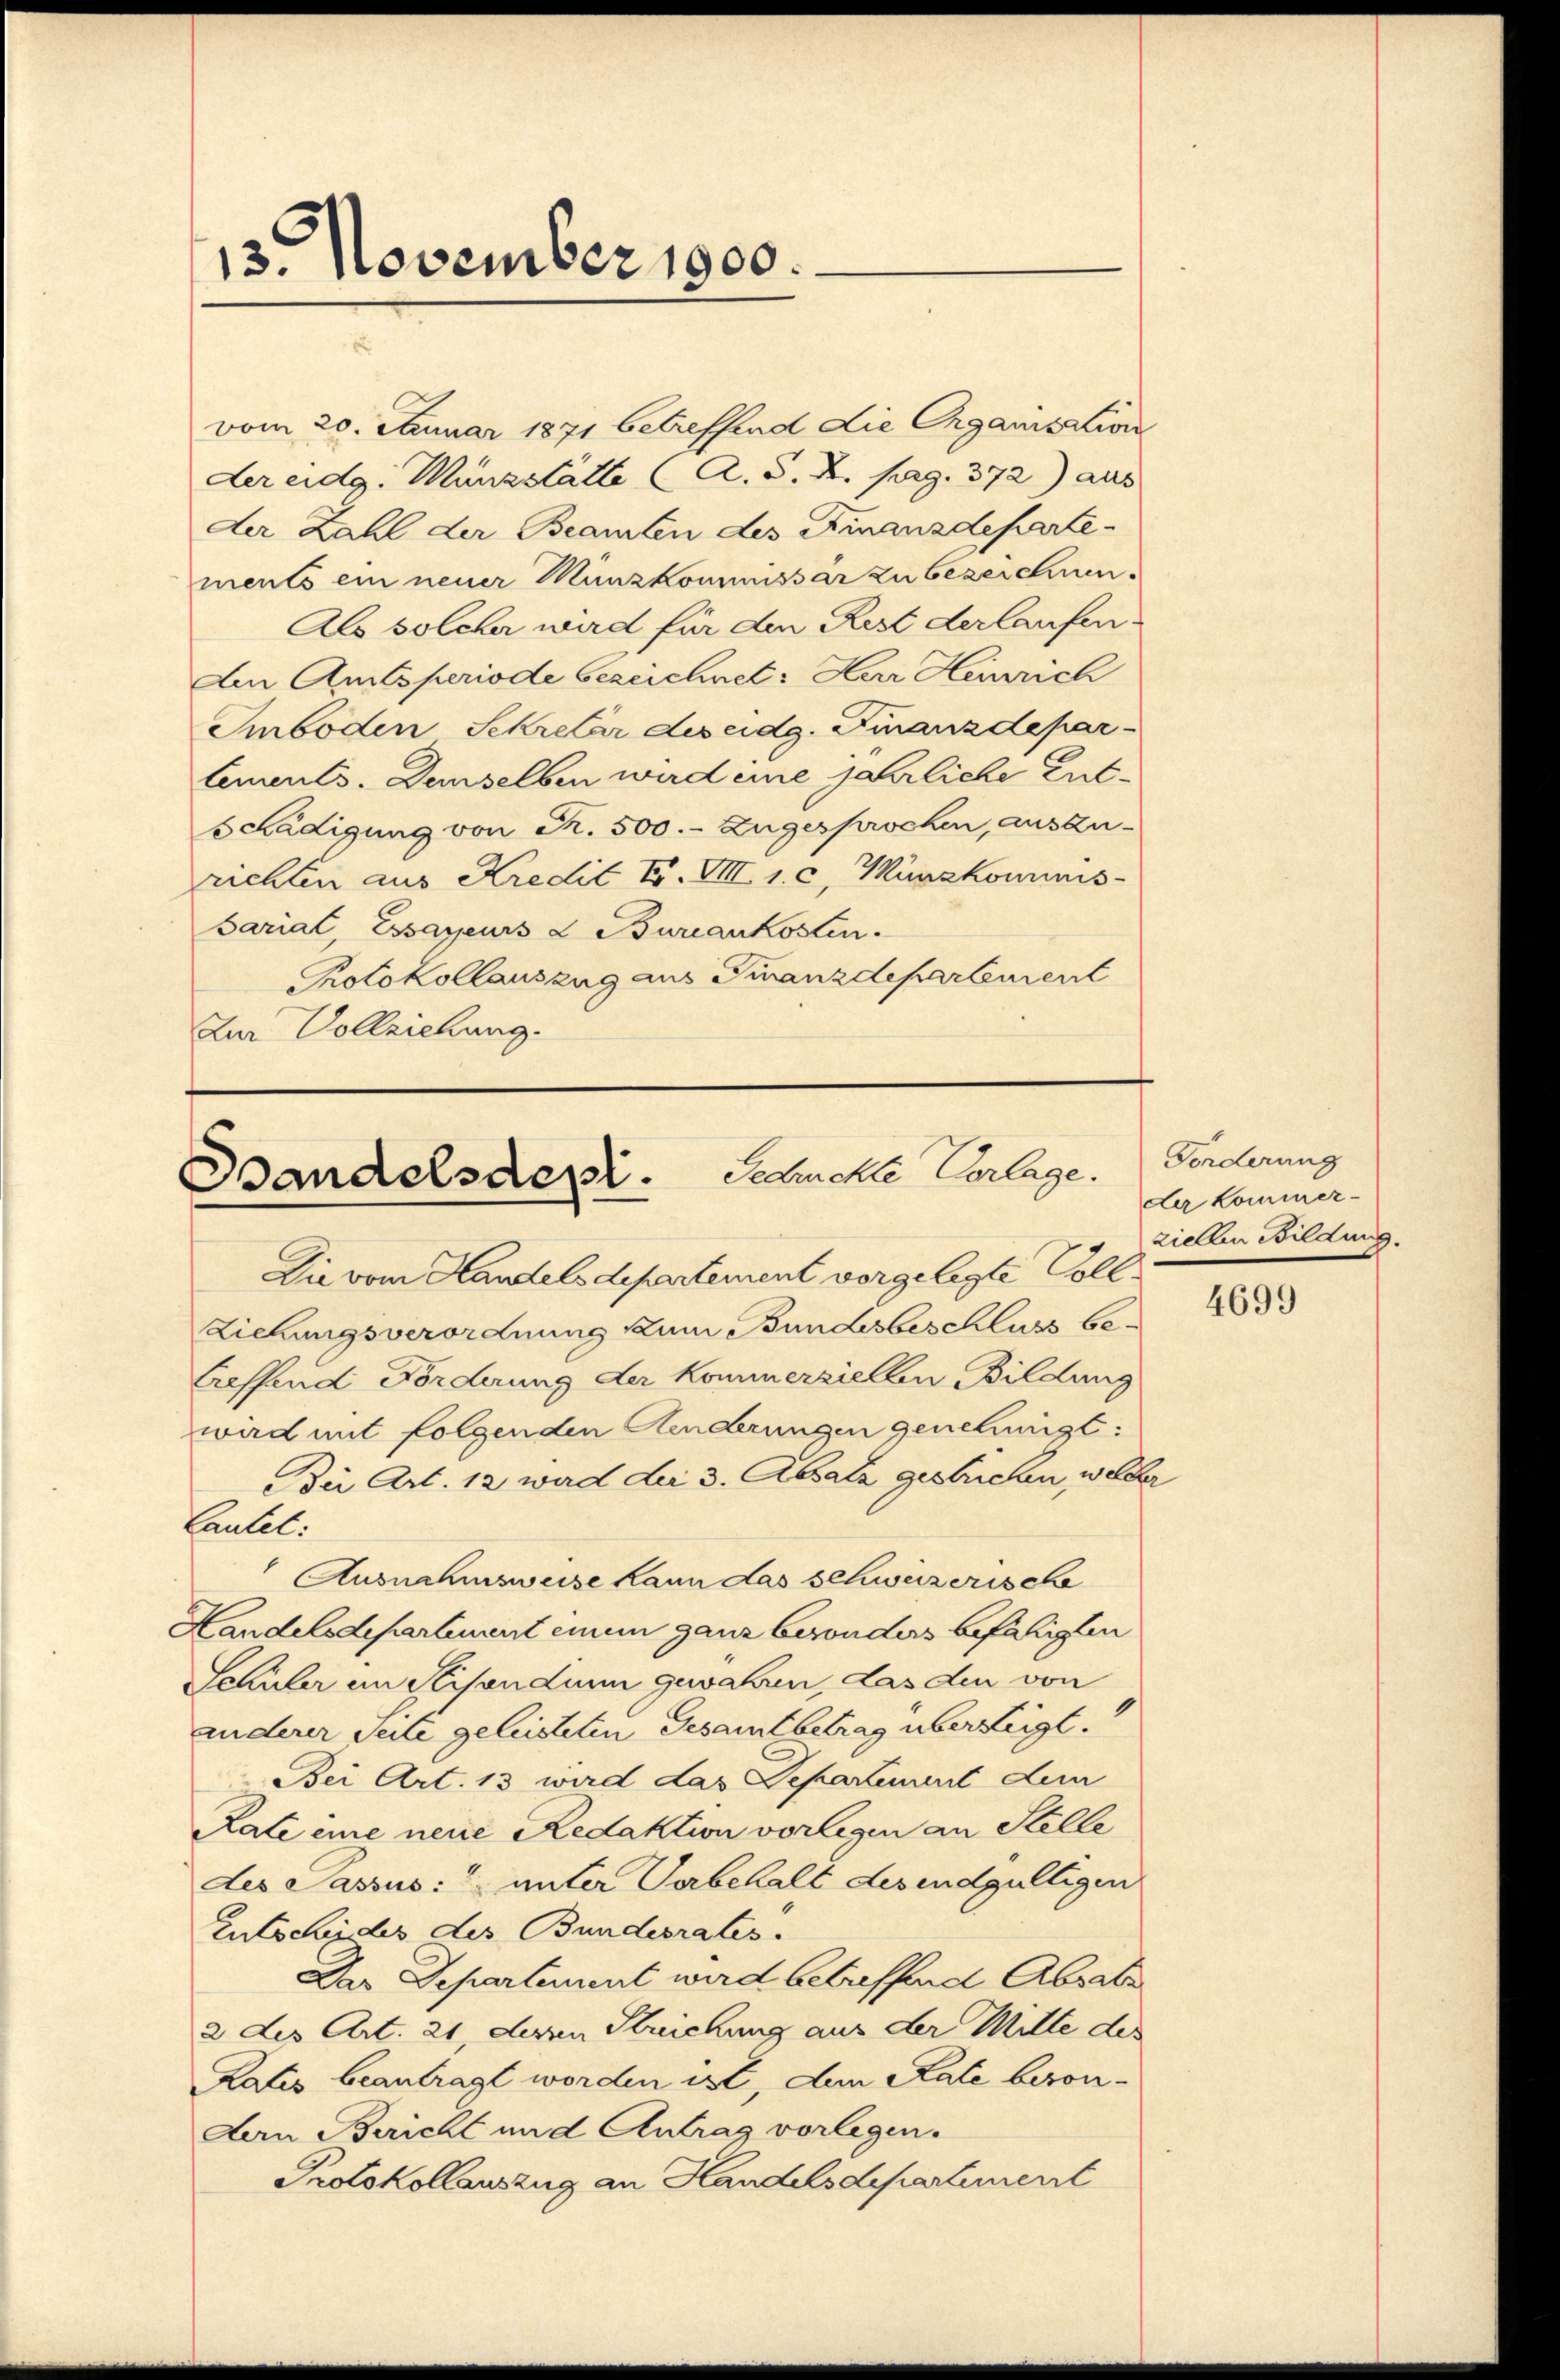
13. November 1900.

vom 20. Januar 1871 betreffend die Organisation
der eidg. Münzstätte (A. §. 2. pag. 372) aus
der Zahl der Beamten des Finanzdeparte
ments ein neuer Munzkommissar zu bezeichnen.
Als solcher wird für den Rest der laufen
An Amtsperiode bezeichnet: Herr Heinrich
Sboden Schretär des eidg. Finanzdepar
lements. Denselben wird eine jährliche Ent¬
Schädigung von Fr. 500.- Zugesprochen, auszu-
richten aus Kredit F. VII. 1. c. Münzkommnis
Sariat, Essayeurs L Bureaukosten.
Protokollauszug aus Finanzdepartement
Im Vollziehung.

Gedruckte Vorlage.
Bandelsdepi.
Die vom Handelsdepartement vorgelegte Voll¬

Liehungsverordnung zum Bundesbeschluss betreffend Förderung der kommersiellen Bildung
wird mit folgenden Aenderungen genehmigt:
Bier Art. 12 ward der 3. Absatz gestrichen, welche
Lautet:
Ausnahmsweise kann das schweizerische
Handelsdepartement einem ganz besonders befähigten
Schüler im Stipendium gewahren, das den von
anderer Seite geleisteten Gesamtbetrag überzeigt.
Bei Art. 13 wird das Departement dem
Rate eine neue Redaktion vorlegen an Stelle
des Passus: unter Verbehalt des endgültigen
Entschides des Bundesrates.
Das Departement wird betreffend Absatz
2 des Art. 21, deren Streichung aus der Mitte der
Rates beantragt worden ist, dem Rate beson¬
Aan Bericht und Antrag vorlegen.
Protokollauszug an Handelsdepartement

Forderung
der Kommerziellen Bildung.

4699